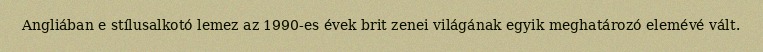
Angliában e stílusalkotó lemez az 1990-es évek brit zenei világának egyik meghatározó elemévé vált.